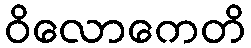
ဝိလောကေတိ